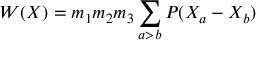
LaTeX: { \cal W } ( X ) = m _ { 1 } m _ { 2 } m _ { 3 } \sum _ { a > b } { \cal P } ( X _ { a } - X _ { b } )